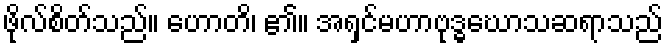
ဖိုလ်စိတ်သည်။ ဟောတိ၊ ၏။ အရှင်မဟာဗုဒ္ဓဃောသဆရာသည်